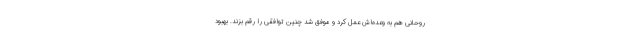
روحانی هم به وعده‌اش عمل کرد و موفق شد چنین توافقی را رقم بزند. بهبود